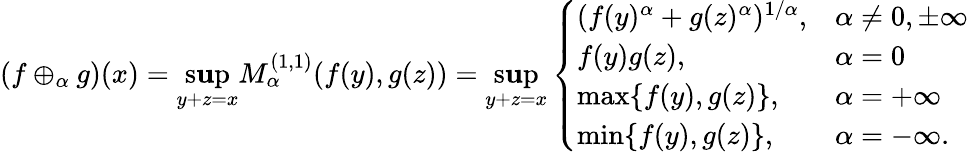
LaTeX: (f\oplus_{\alpha}g)(x)=\operatorname*{s\mathbf{u}p}_{y+z=x}M_{\alpha}^{(1,1)}(f(y),g(z))=\operatorname*{s\mathbf{u}p}_{y+z=x}\left\{ \begin{array}{ll}{(f(y)^{\alpha}+g(z)^{\alpha})^{1/\alpha},}&{\alpha\neq 0,\pm\infty}\\ {f(y)g(z),}&{\alpha=0}\\ {\operatorname*{max}\{ f(y),g(z)\} ,}&{\alpha=+\infty}\\ {\operatorname*{min}\{ f(y),g(z)\} ,}&{\alpha=-\infty.}\end{array}\right.